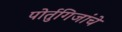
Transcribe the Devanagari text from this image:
पोर्तुगिजांचे